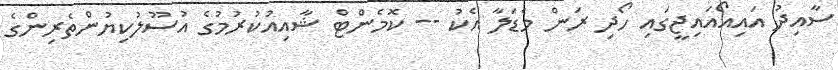
ސާއިދު އައިއޯއައިޖީގައި ހޯދި ރަން މެޑަލާ އެކު -- ކޮމެންޓް ޝާއިއުކުރުމުގެ އުސޫލުކިޔުންތެރިންގެ